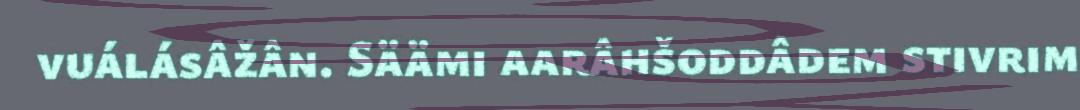
vuálásâžân. Säämi aarâhšoddâdem stivrim